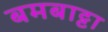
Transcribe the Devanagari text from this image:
बमबाट्टा